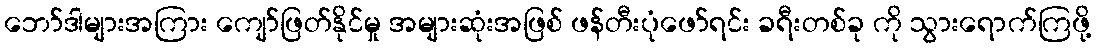
ဘော်ဒါများအကြား ကျော်ဖြတ်နိုင်မှု အများဆုံးအဖြစ် ဖန်တီးပုံဖော်ရင်း ခရီးတစ်ခု ကို သွားရောက်ကြဖို့